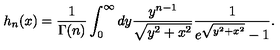
h _ { n } ( x ) = \frac { 1 } { \Gamma ( n ) } \int _ { 0 } ^ { \infty } d y \frac { y ^ { n - 1 } } { \sqrt { y ^ { 2 } + x ^ { 2 } } } \frac { 1 } { e ^ { \sqrt { y ^ { 2 } + x ^ { 2 } } } - 1 } .